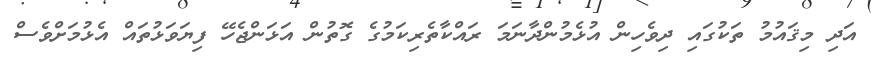
އަދި މިޤައުމު ތަކުގައި ދިވެހިން އުޅެމުންދާނަމަ ރައްކާތެރިކަމުގެ ގޮތުން އަޅަންޖެހޭ ފިޔަވަޅުތައް އެޅުމަށްވެސް